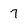
Character: 7